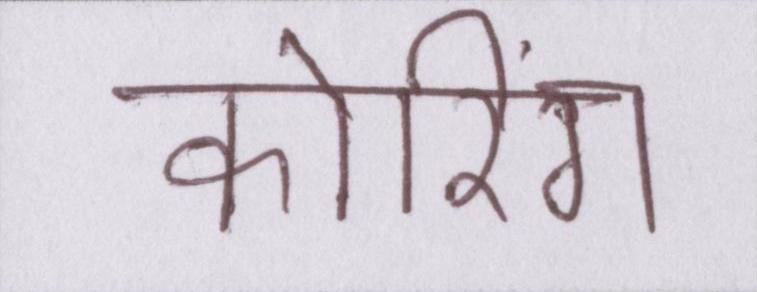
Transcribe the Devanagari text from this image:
कोरिंग